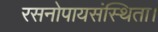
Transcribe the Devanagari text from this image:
रसनोपायसंस्थिता।